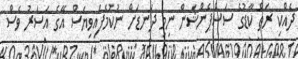
ދެއްކި ރަތް ކާޑުގެ ސަސްޕެންޝަން ނިމި ދަނޑަށް ނުކުމެފައިވިޔަސް އޭގެ އަސަރު ވެސް